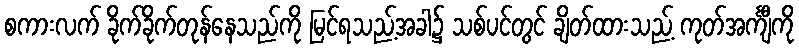
စကားလက် ခိုက်ခိုက်တုန်နေသည်ကို မြင်ရသည့်အခါ၌ သစ်ပင်တွင် ချိတ်ထားသည့် ကုတ်အင်္ကျီကို